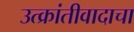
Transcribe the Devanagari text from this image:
उत्क्रांतीवादाचा